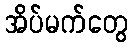
အိပ်မက်တွေ